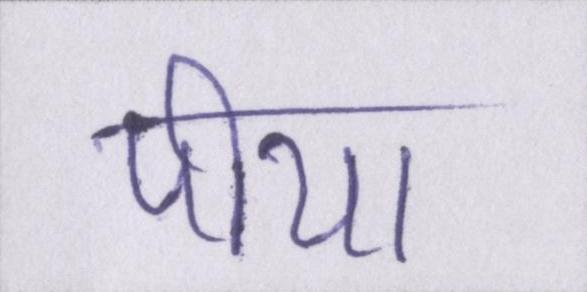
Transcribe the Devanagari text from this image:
पीया